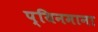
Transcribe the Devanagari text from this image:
प्यिनमाना